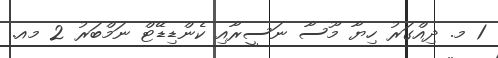
1 މ. ދިއްގަރު ހިޔާ މޫސާ ނަސީރާއި ކެންޑިޑޭޓް ނަމްބަރު 2 މއ.